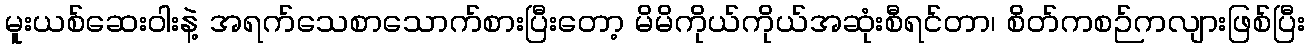
မူးယစ်ဆေးဝါးနဲ့ အရက်သေစာသောက်စားပြီးတော့ မိမိကိုယ်ကိုယ်အဆုံးစီရင်တာ၊ စိတ်ကစဉ်ကလျားဖြစ်ပြီး